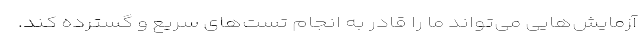
آزمایش‌هایی می‌تواند ما را قادر به انجام تست‌های سریع و گسترده کند.